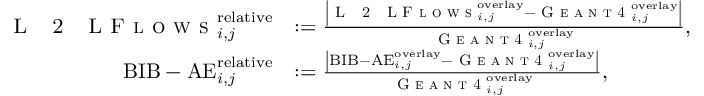
\begin{array} { r l } { \mathrm { \textsc { L ~ 2 ~ L F l o w s } } _ { i , j } ^ { \mathrm { r e l a t i v e } } } & { : = \frac { \left\vert \mathrm { \textsc { L ~ 2 ~ L F l o w s } } _ { i , j } ^ { \mathrm { o v e r l a y } } - \textsc { G e a n t 4 } _ { i , j } ^ { \mathrm { o v e r l a y } } \right\vert } { \textsc { G e a n t 4 } _ { i , j } ^ { \mathrm { o v e r l a y } } } , } \\ { \mathrm { B I B - A E } _ { i , j } ^ { \mathrm { r e l a t i v e } } } & { : = \frac { \left\vert \mathrm { B I B - A E } _ { i , j } ^ { \mathrm { o v e r l a y } } - \textsc { G e a n t 4 } _ { i , j } ^ { \mathrm { o v e r l a y } } \right\vert } { \textsc { G e a n t 4 } _ { i , j } ^ { \mathrm { o v e r l a y } } } , } \end{array}